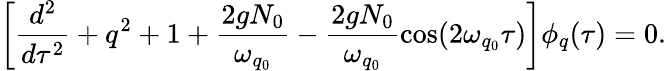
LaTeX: \left[\frac{d^{2}}{d\tau^{2}}+q^{2}+1+\frac{2gN_{0}}{\omega_{q_{0}}}-\frac{2gN_{0}}{\omega_{q_{0}}}\cos(2\omega_{q_{0}}\tau)\right]\phi_{q}(\tau)=0.